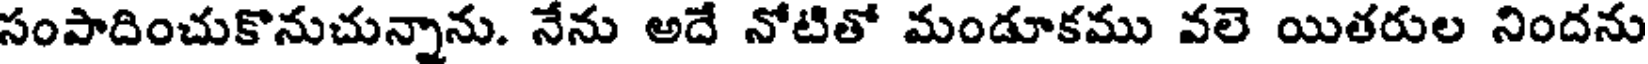
సంపాదించుకొనుచున్నాను. నేను అదే నోటితో మండూకము వలె యితరుల నిందను